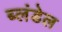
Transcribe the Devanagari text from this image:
ब्लंडेल